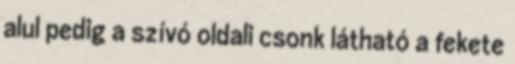
alul pedig a szívó oldali csonk látható a fekete